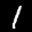
Label: 1